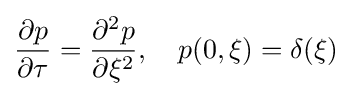
{\partial p \over {\partial \tau }}={\partial ^{2}p \over {\partial \xi ^{2}}},\quad p(0,\xi )=\delta (\xi )